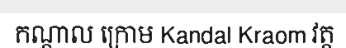
កណ្តាល ក្រោម Kandal Kraom វត្ត